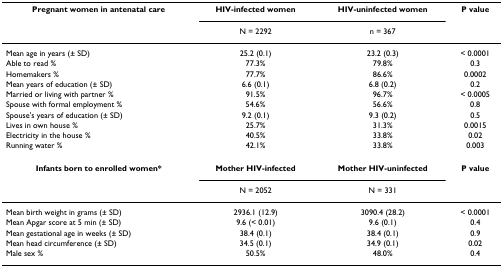
| Pregnant women in antenatal care | HIV-infected women | HIV-uninfected women | P value |
 |  | N = 2292 | n = 367 |  |
 | --- | --- | --- | --- |
 | Mean age in years (± SD) | 25.2 (0.1) | 23.2 (0.3) | < 0.0001 |
 | Able to read % | 77.3% | 79.8% | 0.3 |
 | Homemakers % | 77.7% | 86.6% | 0.0002 |
 | Mean years of education (± SD) | 6.6 (0.1) | 6.8 (0.2) | 0.2 |
 | Married or living with partner % | 91.5% | 96.7% | < 0.0005 |
 | Spouse with formal employment % | 54.6% | 56.6% | 0.8 |
 | Spouse's years of education (± SD) | 9.2 (0.1) | 9.3 (0.2) | 0.5 |
 | Lives in own house % | 25.7% | 31.3% | 0.0015 |
 | Electricity in the house % | 40.5% | 33.8% | 0.02 |
 | Running water % | 42.1% | 33.8% | 0.003 |
 | Infants born to enrolled women* | Mother HIV-infected | Mother HIV-uninfected | P value |
 |  | N = 2052 | N = 331 |  |
 | Mean birth weight in grams (± SD) | 2936.1 (12.9) | 3090.4 (28.2) | < 0.0001 |
 | Mean Apgar score at 5 min (± SD) | 9.6 (< 0.01) | 9.6 (0.1) | 0.4 |
 | Mean gestational age in weeks (± SD) | 38.4 (0.1) | 38.4 (0.1) | 0.9 |
 | Mean head circumference (± SD) | 34.5 (0.1) | 34.9 (0.1) | 0.02 |
 | Male sex % | 50.5% | 48.0% | 0.4 |